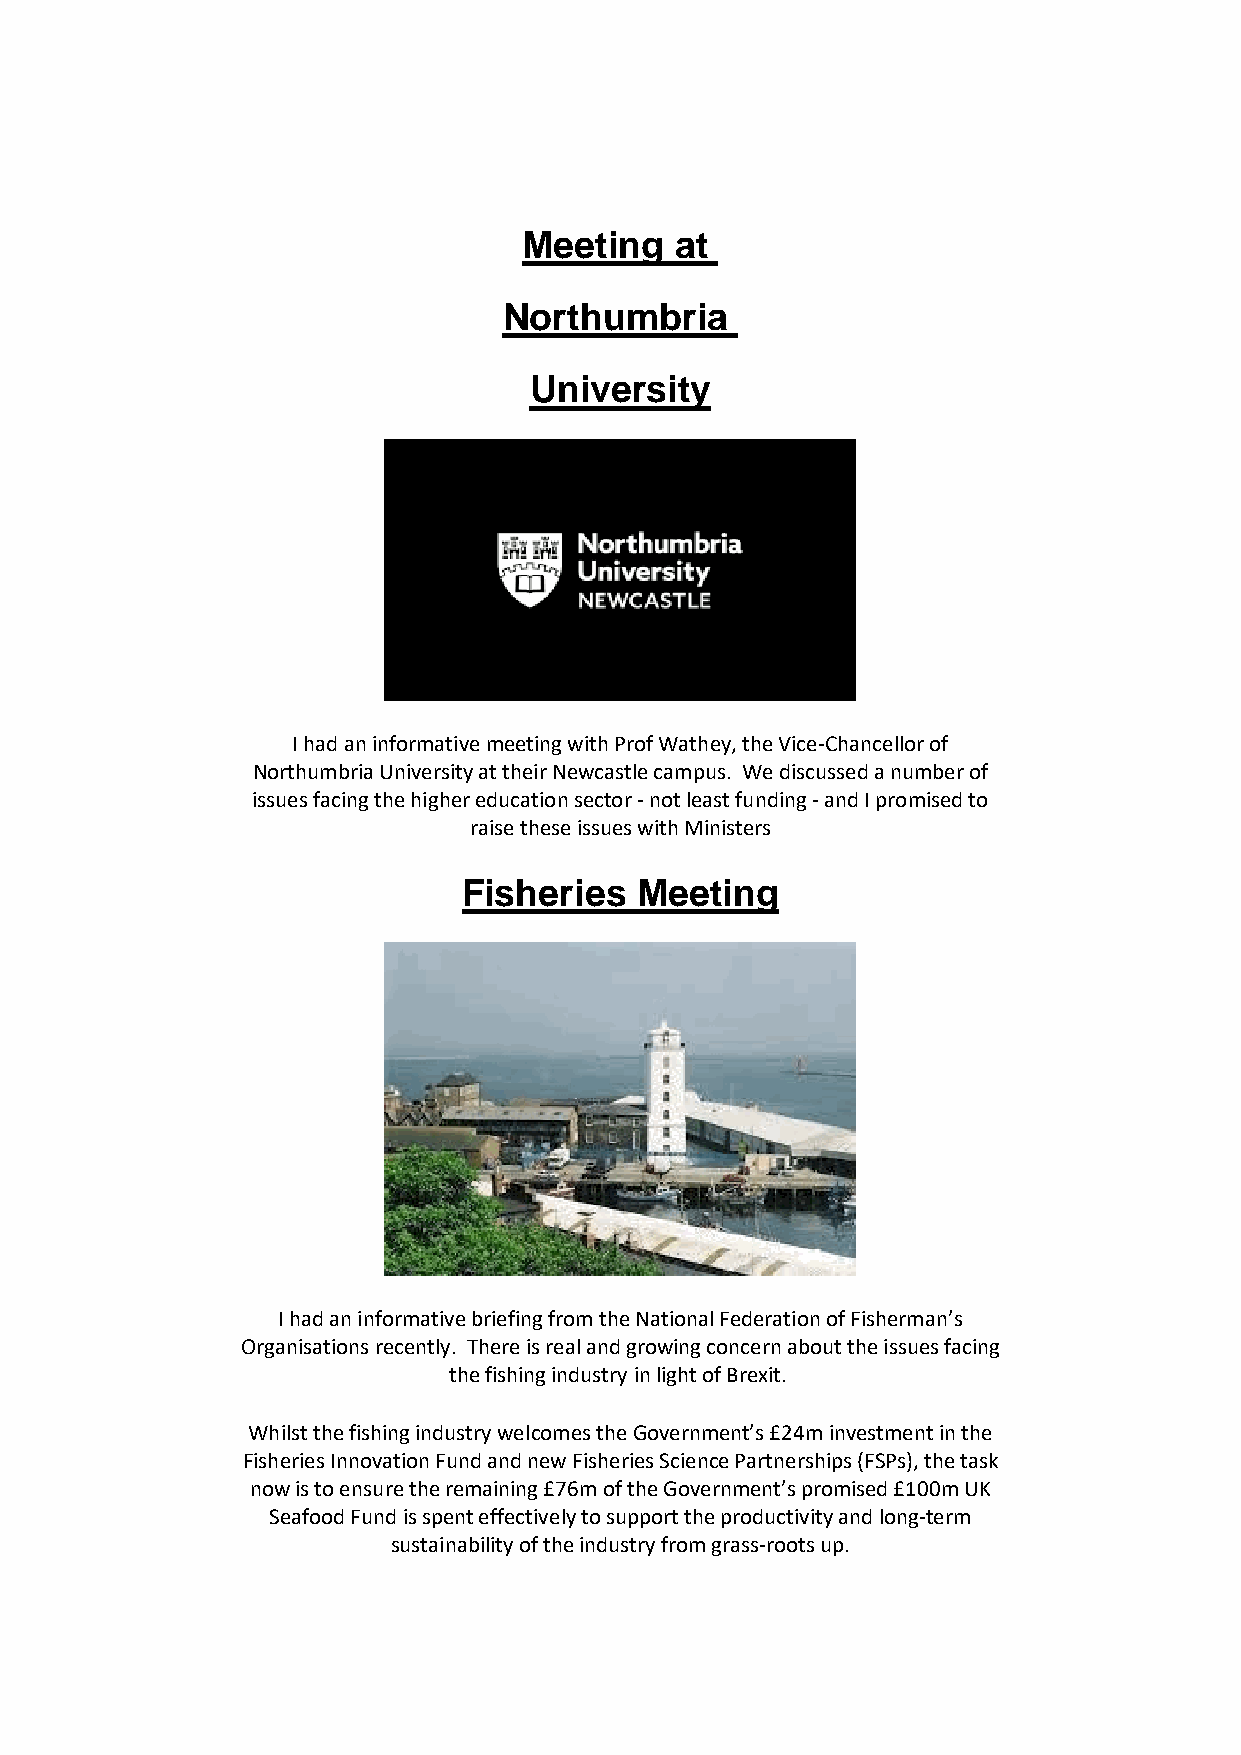
Meeting   at
 Northumbria
 University
 I had an informative meeting with Prof Wathey, the Vice-Chancellor of
 Northumbria University at their Newcastle campus. We discussed a number of
 issues facing the higher education sector - not least funding - and I promised to
 raise these issues with Ministers
 Fisheries  Meeting
 I had an informative briefing from the National Federation of Fisherman’s
 Organisations recently. There is real and growing concern about the issues facing
 the fishing industry in light of Brexit.
 Whilst the fishing industry welcomes the Government’s £24m investment in the
 Fisheries Innovation Fund and new Fisheries Science Partnerships (FSPs), the task
 now is to ensure the remaining £76m of the Government’s promised £100m UK
 Seafood Fund is spent effectively to support the productivity and long-term
 sustainability of the industry from grass-roots up.